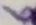
Text: 6